Annual report on the health of the army in India
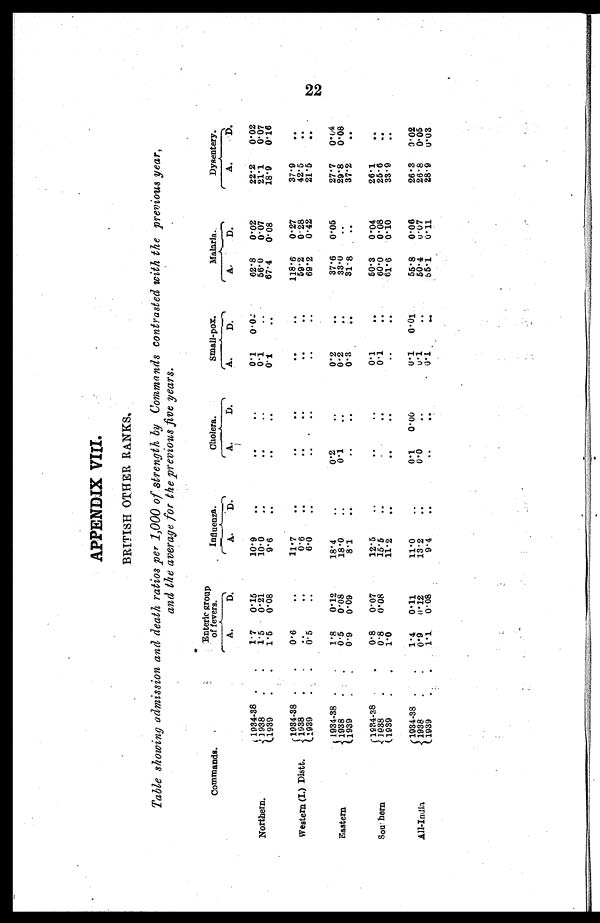
APPENDIX VIII.
BRITISH OTHER RANKS.
Table showing admission and death ratios per 1,000 of strength by Commands contrasted with the previous year,
and the average for the previous five years.
Commands.
Enteric group
of fevers.
Influenza.
Cholera.
Small-pox.
Malaria.
Dysentery.
A.
D.
A.
D.
A.
D.
A.
D.
A.
D.
A.
D.
Northern.
1934-38 .
.
1 7 0.15
1 0 . 9
. .
. .
. .
0.1 0. 02
62.8 0.02
22.2
0.02
1838
.
.
1.5 0.21
10.0
. .
. .
..
0.1
..
56.0 0.07
21.1
0.07
1838
.
.
1.5 0.08
9.6
. .
. .
. .
0.1
..
67.4 0 08
18.9
0.16
Western (I.) Distt.
1934-38
0.6
. .
11.7
. .
. .
. .
. .
. .
118.6 0.27
37.9
..
1938
. .
..
0.6
. .
. .
.
. .
.
5 9 . 2 0.128
42.5
..
1938
0.5
..
6.0
..
..
..
. .
. .
68.2 0.42
21.5
. .
Eastern
1 9 3 4 - 3 8
1.8 0.12
18.4
..
0.2
..
0.2
. .
37.6 0.05
27.7 0.04
1938
0.5 0.08
18.0
..
0.1
0.2
..
33.0
..
29.8 0.08
1938
.
0.8 0.08
8.1
. .
..
..
0.3
. .
31.8
..
37.2
. .
Southern
1934-38
.
0.8 0.07
1 2 . 5
. .
. .
..
0.1
. .
50.3 0.04
26.1
. .
1938
.
0.8 0.08
15.5
..
. .
. .
0.1
. .
60.0
0.08
25.6
...
1938
.
.
1.0
. .
11.2
. .
. .
. .
..
..
61.6 0.10
33.9
..
All-India
1834-38 .
.
1.4 0.11
11.0
. .
0.1 0 . 0 6
0.1 0.01
55.8 0.06
26.3 0.02
1938
.
.
0.9 0.12
13.2
..
0.0
..
0.1
. .
50.4 0.07
26.8 0.05
1938
.
1.1 0.08
8.4
. .
..
. . 0.1
..
55.1 0.11
28.9 0.03
22